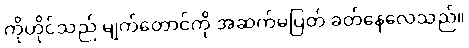
ကိုဟိုင်သည် မျက်တောင်ကို အဆက်မပြတ် ခတ်နေလေသည်။